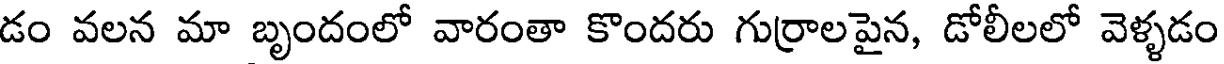
డం వలన మా బృందంలో వారంతా కొందరు గుర్రాలపైన, డోలీలలో వెళ్ళడం